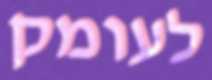
לעומק